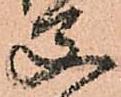
父